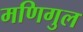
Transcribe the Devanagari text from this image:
मणिगुल